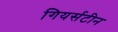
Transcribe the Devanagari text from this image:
गियर्सटीन